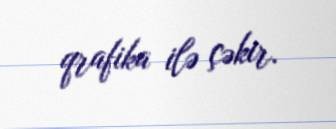
qrafika ilə çəkir.